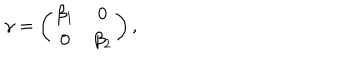
\gamma = \left( \begin{array} { c c } { { \beta _ { 1 } } } & { { 0 } } \\ { { 0 } } & { { \beta _ { 2 } } } \\ \end{array} \right) ,